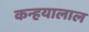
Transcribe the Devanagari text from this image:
कन्हयालाल